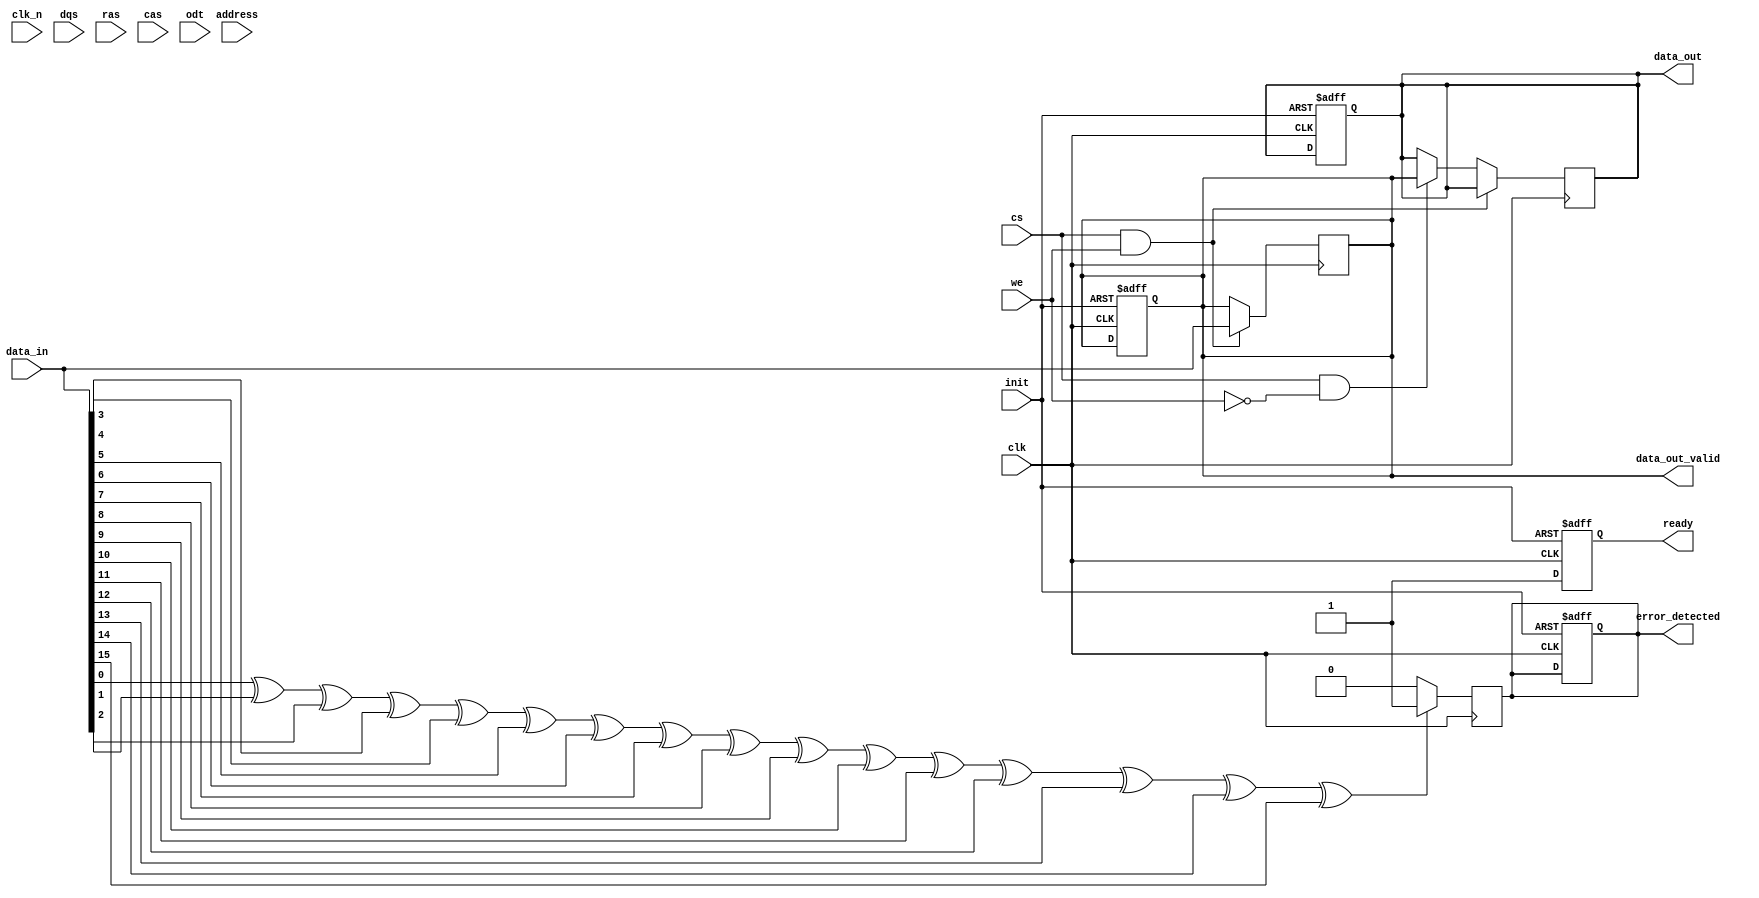
module gddr5_io_block (
    input wire clk,              // Differential Clock Input CK
    input wire clk_n,            // Differential Clock Input CK#
    input wire [127:0] data_in,  // Bi-directional Data Input
    output wire [127:0] data_out, // Bi-directional Data Output
    input wire dqs,              // Data Strobe Signal
    input wire cs,               // Chip Select
    input wire ras,              // Row Address Strobe
    input wire cas,              // Column Address Strobe
    input wire we,               // Write Enable
    input wire [31:0] address,   // Address Input
    input wire odt,              // On-Die Termination Control
    output wire [127:0] data_out_valid, // Valid Data Output
    output wire error_detected,   // Error Detection Signal
    input wire init,              // Initialization Signal
    output wire ready             // Ready Signal
);

// Internal signals
reg [127:0] fifo_buffer;          // FIFO buffer for data flow control
reg [127:0] data_out_reg;         // Registered data output
reg error_flag;                   // Error flag for ECC/Parity
reg ready_reg;                    // Ready signal register

// Initialization and Configuration
always @(posedge clk or negedge init) begin
    if (!init) begin
        // Reset all registers
        fifo_buffer <= 128'b0;
        data_out_reg <= 128'b0;
        error_flag <= 1'b0;
        ready_reg <= 1'b0;
    end else begin
        // Initialization sequence logic here
        ready_reg <= 1'b1; // Indicate ready after initialization
    end
end

// Data Transfer Logic
always @(posedge clk) begin
    if (cs && we) begin
        // Write operation
        fifo_buffer <= data_in; // Load data into FIFO
    end else if (cs && !we) begin
        // Read operation
        data_out_reg <= fifo_buffer; // Output data from FIFO
    end
end

// Output assignments
assign data_out = data_out_reg;
assign data_out_valid = fifo_buffer; // Valid data output
assign error_detected = error_flag;   // Error detection output
assign ready = ready_reg;              // Ready signal output

// Error Detection Logic (Simplified)
always @(posedge clk) begin
    // Simple parity check for demonstration
    if (data_in[0] ^ data_in[1] ^ data_in[2] ^ data_in[3] ^ 
        data_in[4] ^ data_in[5] ^ data_in[6] ^ data_in[7] ^
        data_in[8] ^ data_in[9] ^ data_in[10] ^ data_in[11] ^
        data_in[12] ^ data_in[13] ^ data_in[14] ^ data_in[15]) begin
        error_flag <= 1'b1; // Error detected
    end else begin
        error_flag <= 1'b0; // No error
    end
end

// Additional control logic can be added here

endmodule